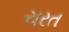
ચરત